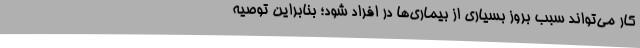
کار می‌تواند سبب بروز بسیاری از بیماری‌ها در افراد شود؛ بنابراین توصیه